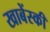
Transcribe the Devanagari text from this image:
खाबेंस्की